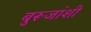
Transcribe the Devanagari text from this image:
बुरूजांशी